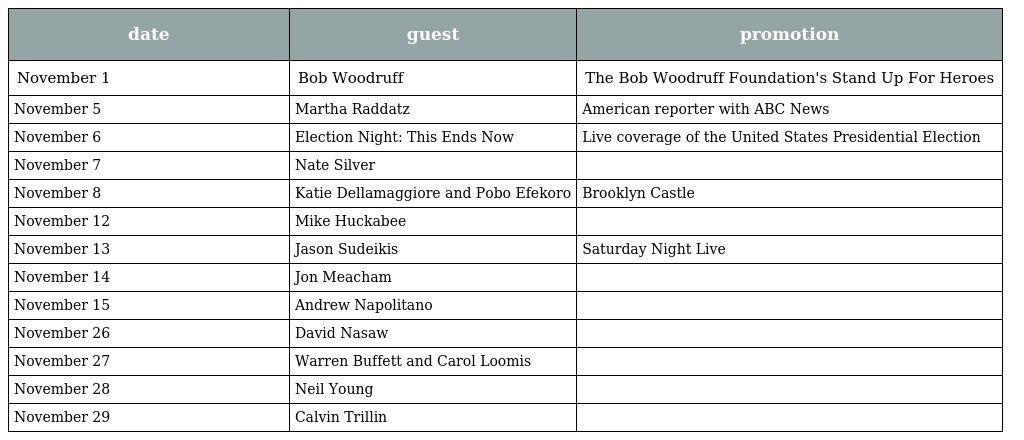
| date | guest | promotion |
 | --- | --- | --- |
 | November 1 | Bob Woodruff | The Bob Woodruff Foundation's Stand Up For Heroes |
 | November 5 | Martha Raddatz | American reporter with ABC News |
 | November 6 | Election Night: This Ends Now | Live coverage of the United States Presidential Election |
 | November 7 | Nate Silver |  |
 | November 8 | Katie Dellamaggiore and Pobo Efekoro | Brooklyn Castle |
 | November 12 | Mike Huckabee |  |
 | November 13 | Jason Sudeikis | Saturday Night Live |
 | November 14 | Jon Meacham |  |
 | November 15 | Andrew Napolitano |  |
 | November 26 | David Nasaw |  |
 | November 27 | Warren Buffett and Carol Loomis |  |
 | November 28 | Neil Young |  |
 | November 29 | Calvin Trillin |  |